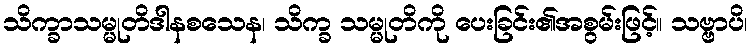
သိက္ခာသမ္မုတိဒါနစသေန၊ သိက္ခ သမ္မုတိကို ပေးခြင်း၏အစွမ်းဖြင့်။ သဗ္ဗာပိ၊